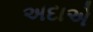
અદાએ